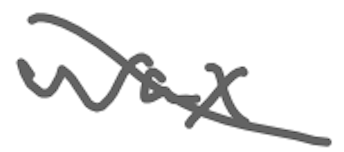
Text: wax
Cross-out: diagonal
Writing tool: digital_gray